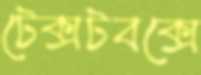
টেক্সটবক্সে